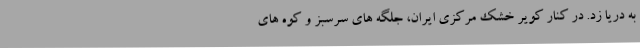
به دریا زد. در کنار کویر خشک مرکزی ایران، جلگه های سرسبز و کوه های